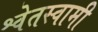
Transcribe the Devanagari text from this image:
श्वेतस्वामी